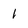
Character: I